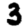
Digit: 3